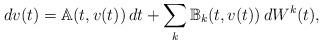
LaTeX: \begin{align*} dv(t)=\mathbb A(t,v(t))\,dt+\sum_k\mathbb B_k(t,v(t))\,dW^k(t),\end{align*}